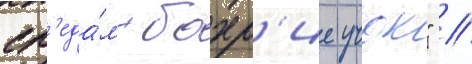
сл'еда́м бахр'ие учок" //